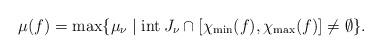
LaTeX: \begin{align*}\mu(f)=\max\{ \mu_{\nu}\mid \mathrm{int}\,J_{\nu}\cap [\chi_{\min}(f),\chi_{\max}(f)]\neq \emptyset \}.\end{align*}